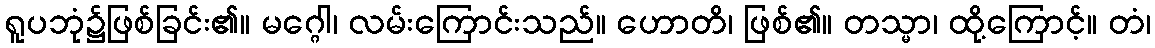
ရူပဘုံ၌ဖြစ်ခြင်း၏။ မဂ္ဂေါ၊ လမ်းကြောင်းသည်။ ဟောတိ၊ ဖြစ်၏။ တသ္မာ၊ ထို့ကြောင့်။ တံ၊